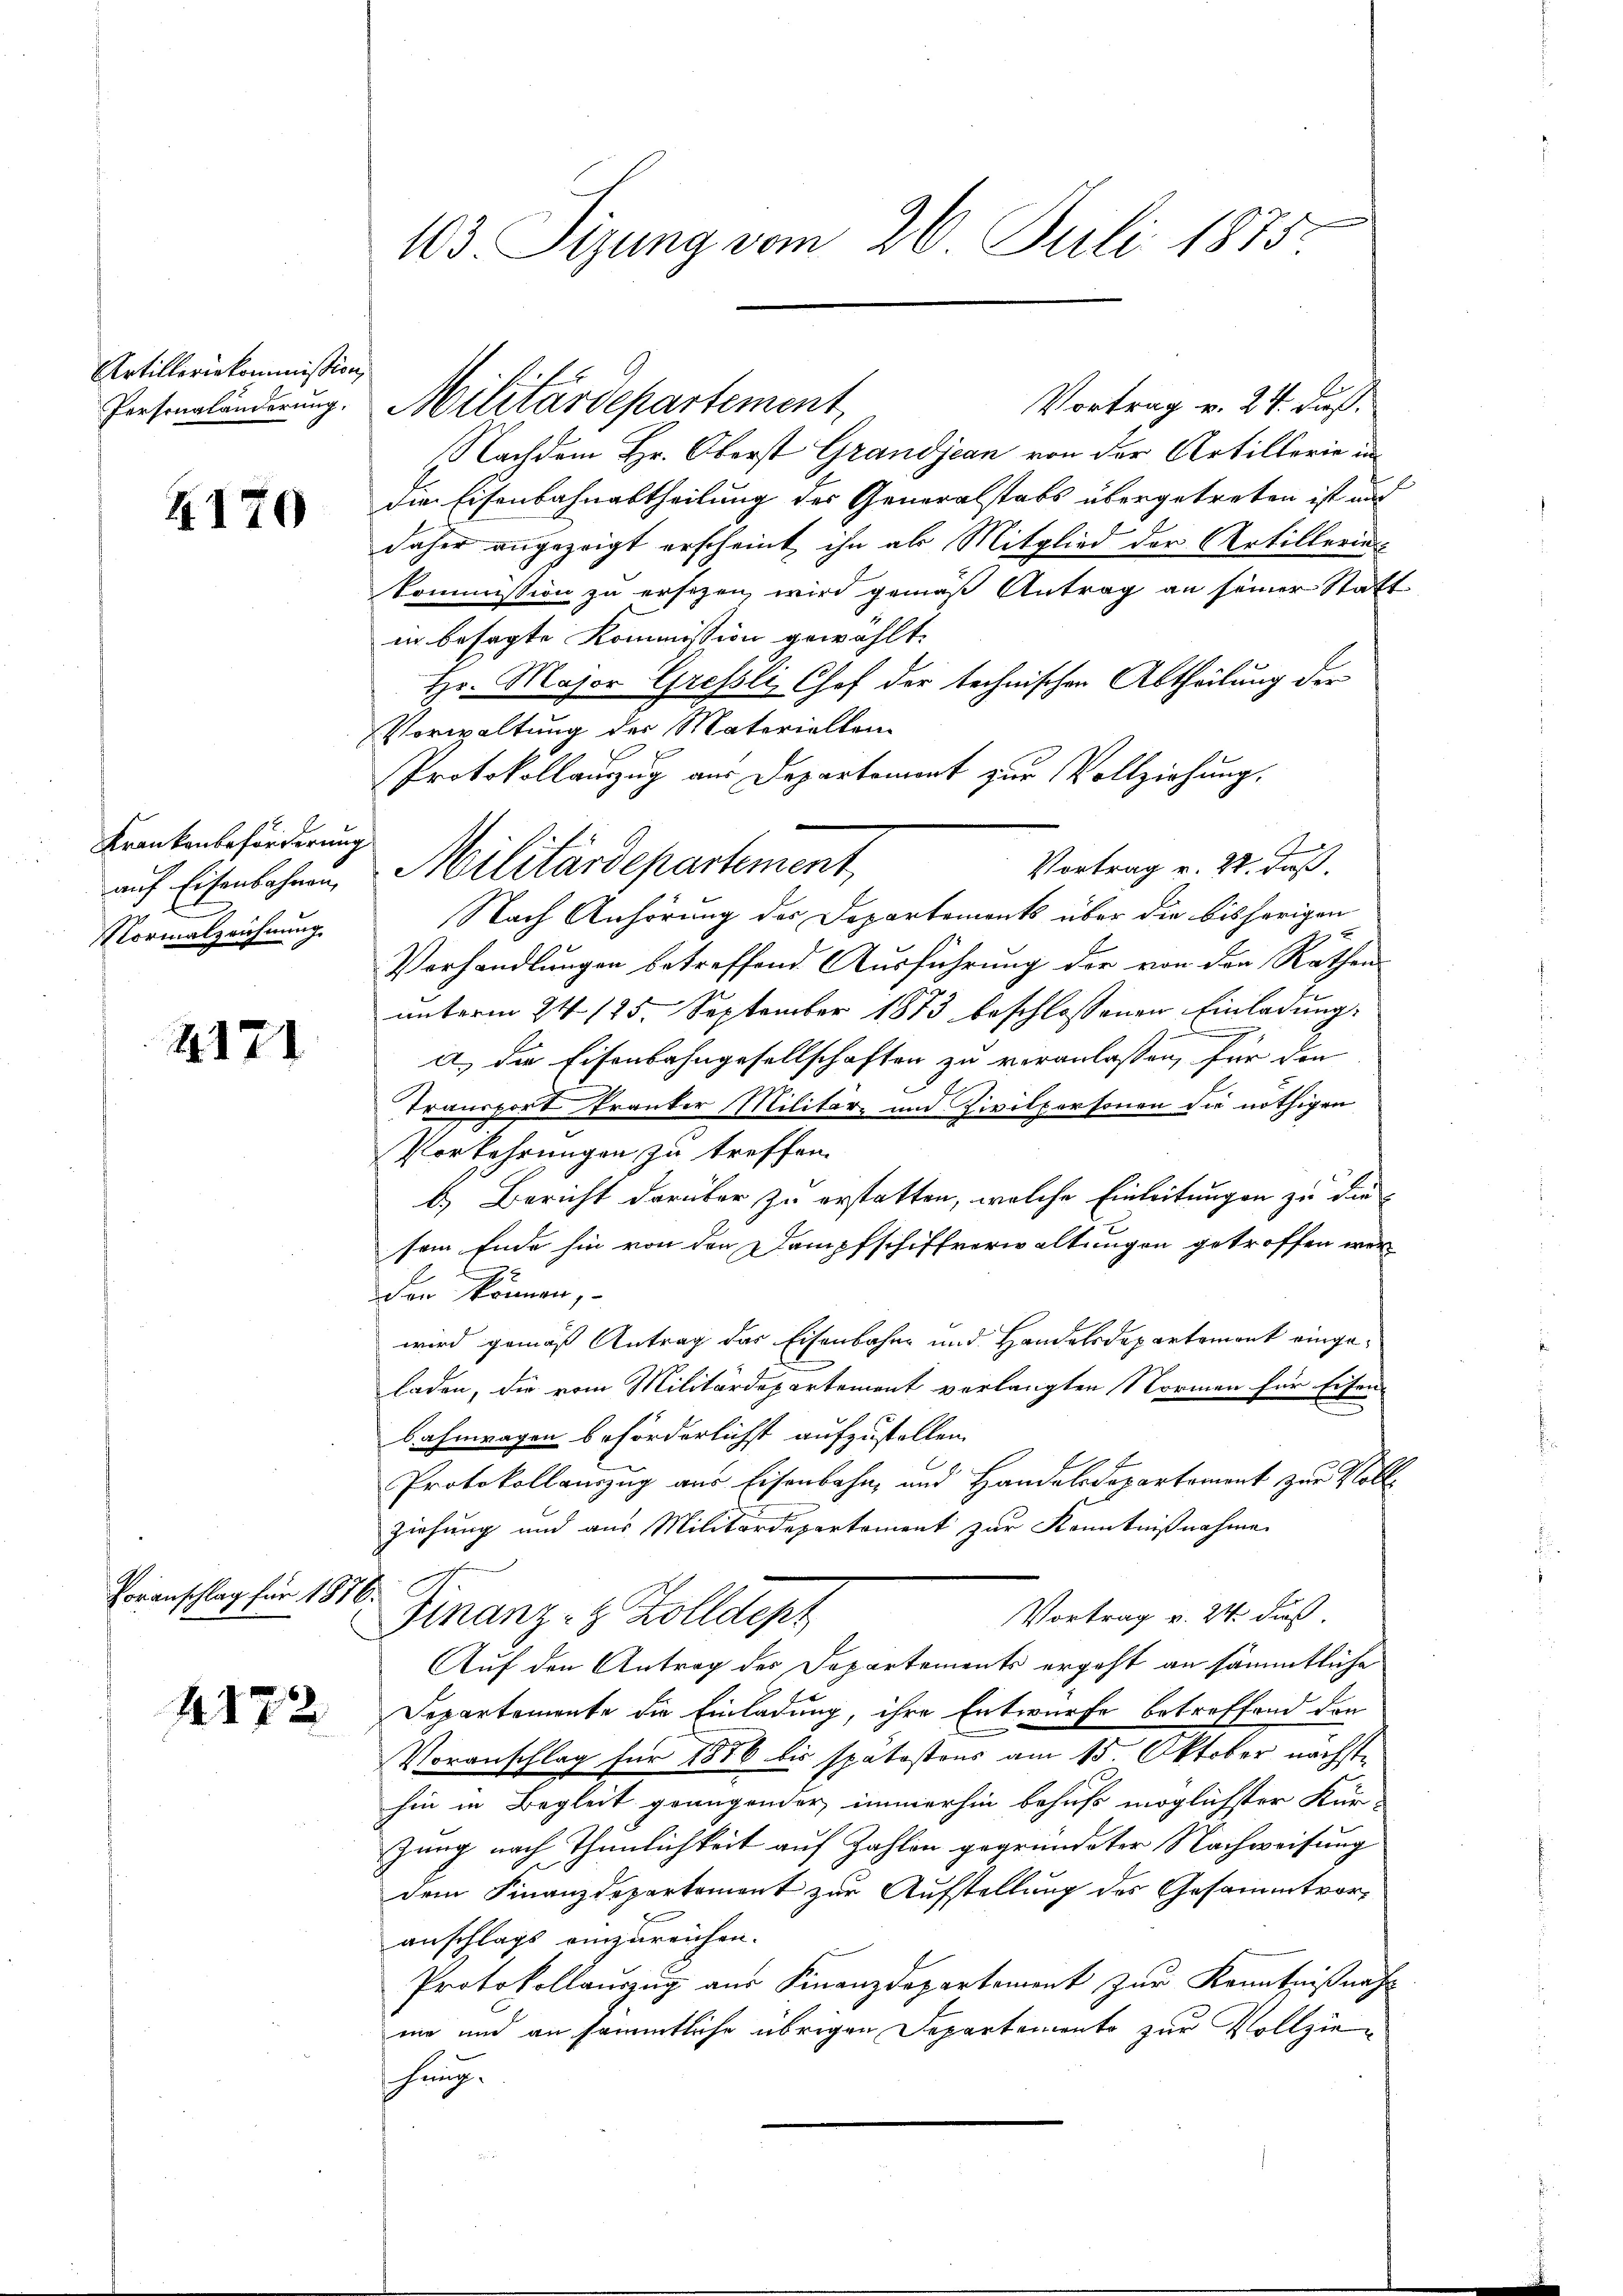
Artilleriekommission

4170

Krankenbeförderung
auf Eisenbahnen,
Normalzeichnung.

2171

Voranschlag für 1876.

172

103 Sizung vom 26. Juli 1875

Vortrag v. 24. Fuß.
Nachdem Hr. Oberst Grandjean von der Artillerie in
die Eisenbahnabtheilung des Generalstabs übergetreten ist and
daher angezeigt erscheint, ihn als Mitglied der Artillerin
kommission zu ersezen wird gemäß Antrag an seiner Statt
in besagte Kommission gewählt.
Hr. Major Gressli Chef der technischen Abtheilung der
Vorwaltung der Materiellen
Protokollanzug aus Departement zur Vollziehung.
Vortrag v. 22. daß
Militärdepartement,
Nach Anhörung der Departements über die bisherigen
Vorhandlungen betreffend Ausführung der von den Rathen
unterm 24. 125. September 1873 beschlossenen Einladung
g
a) die Eisenbahngesellschaften zu veranlassen, für den
Transport Franker Militär- und Zivilpersonen die nöthigen
Vorkehrungen zu treffen.
b.) Bericht darüber zu erstatten, welche Einleitungen zu die
sem Ende hin von den Dampfschiffverwaltungen getroffen wer
Ernennung
den können,
wird gemäß Antrag das Eisenbahne und Handelsdepartemont eingeladen, die vom Militärdepartement verlangten Normen für Eisen-
bahnwagen beförderlichst aufzustellen.
Protokollauszug aus Eisenbahn- und Handelsdepartement zur Voll
ziehung und aus Militärdepartement zur Kenntnißnahme
Vortrag v. 24. dieß.
Finanz- & Zolldept
Auf den Antrag des Departements ergeht an sämmtliche
Departemente die Einladung, ihre Entwurfe betreffend den
Voranschlag für 1886 bis spätestens am 15. Oktober nächste
hin in Begleit genügender immerhin behuf möglichster Kür-
zung nach Thunlichkeit auf Zahlen gegründeter Nachweisung
dem Finanzdepartement zur Aufstellung des Gesammtvoranschlags einzureichen.
Protokollauszug aus Finanzdepartement zur Kenntnißnahma und an sämmtliche übrigen Departemento zur Vollziehung.

Eresengländerung. Militärdepartement,